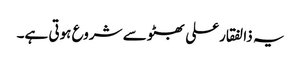
یہ ذالفقارعلی بھٹو سے شروع ہوتی ہے۔